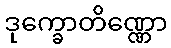
ဒုက္ခောတိဏ္ဏော